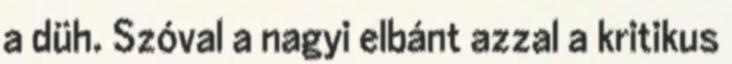
a düh. Szóval a nagyi elbánt azzal a kritikus